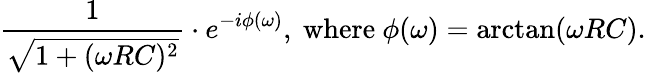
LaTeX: {\frac{1}{\sqrt{1+(\omega RC)^{2}}}}\cdot e^{-i\phi(\omega)},{\mathrm{~where~}}\phi(\omega)=\arctan(\omega RC).